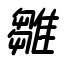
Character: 雛